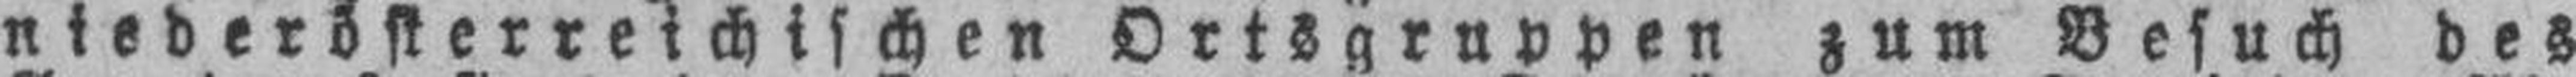
niederösterreichischen Ortsgruppen zum Besuch des